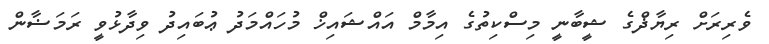
ވެރިރަށް ރިޔާޛްގެ ޝީބާނީ މިސްކިތުގެ އިމާމް އައްޝައިޚް މުހައްމަދު ޢުބައިދު ވިދާޅުވީ ރަމަޟާން